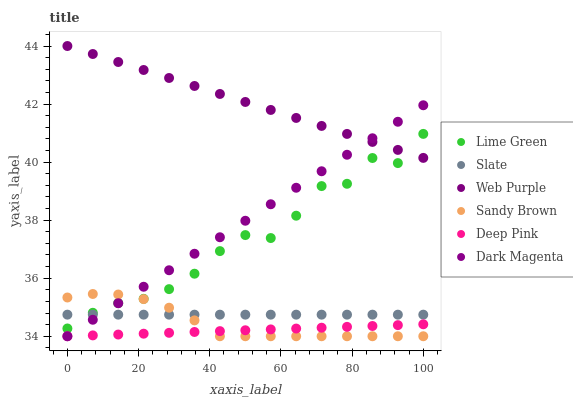
| xaxis_label | Lime Green | Slate | Web Purple | Sandy Brown | Deep Pink | Dark Magenta |
 | --- | --- | --- | --- | --- | --- | --- |
 | 0 | 34.3 | 34.7 | 44 | 35.3 | 34 | 34 |
 | 7.14 | 34.8 | 34.7 | 43.7 | 35.5 | 34 | 34.6 |
 | 14.3 | 35.1 | 34.7 | 43.4 | 35.4 | 34.1 | 35.1 |
 | 21.4 | 35.3 | 34.7 | 43.2 | 35.3 | 34.1 | 35.7 |
 | 28.6 | 35.6 | 34.7 | 42.9 | 35 | 34.1 | 36.3 |
 | 35.7 | 36.2 | 34.7 | 42.6 | 34.5 | 34.1 | 36.8 |
 | 42.9 | 36.9 | 34.7 | 42.3 | 34 | 34.2 | 37.4 |
 | 50 | 37.5 | 34.7 | 42.1 | 34 | 34.2 | 38 |
 | 57.1 | 37.4 | 34.7 | 41.8 | 34 | 34.2 | 38.5 |
 | 64.3 | 38.2 | 34.7 | 41.5 | 34 | 34.3 | 39.1 |
 | 71.4 | 39.2 | 34.7 | 41.2 | 34 | 34.3 | 39.7 |
 | 78.6 | 39.3 | 34.7 | 41 | 34 | 34.3 | 40.3 |
 | 85.7 | 40.1 | 34.7 | 40.7 | 34 | 34.4 | 40.8 |
 | 92.9 | 40 | 34.7 | 40.4 | 34 | 34.4 | 41.4 |
 | 100 | 41 | 34.7 | 40.1 | 34 | 34.4 | 42 |